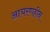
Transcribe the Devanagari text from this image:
आचरणहीन